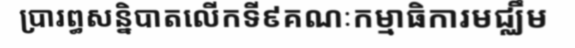
ប្រារព្ធសន្និបាតលើកទី៩គណៈកម្មាធិការមជ្ឈឹម